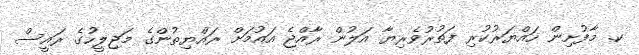
ކ. މާފުށިން ހައްޔަރުކުރި ފަތުރުވެރިޔާ އަލުން ރާއްޖެ އައުމަށް ރައްޔިތުންގެ މަޖިލީހުގެ ރައީސް